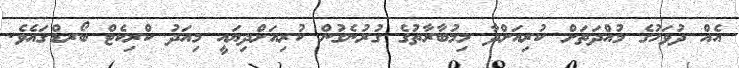
އެއް ދުވަހުގެ މުއްދަތަށް ކުރިއަށްދާ މިމުބާރާތުގެ ގުރުނެގުން ކުރިއަށްދިޔައީ މިއަދު ކްރިކެޓް ބޯރޑްގައެވެ.